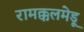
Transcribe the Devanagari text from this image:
रामक्कलमेडू